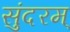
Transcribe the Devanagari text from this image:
सुंदरम्‌